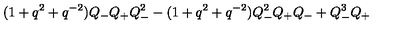
( 1 + q ^ { 2 } + q ^ { - 2 } ) Q _ { - } Q _ { + } Q _ { - } ^ { 2 } - ( 1 + q ^ { 2 } + q ^ { - 2 } ) Q _ { - } ^ { 2 } Q _ { + } Q _ { - } + Q _ { - } ^ { 3 } Q _ { + }